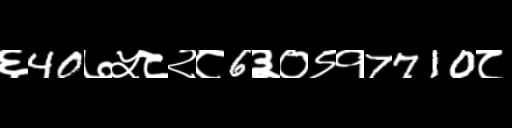
Text: ६40७५८२८6३०९१7710८